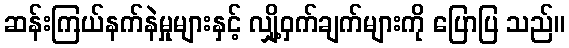
ဆန်းကြယ်နက်နဲမှုများနှင့် လျှို့ဝှက်ချက်များကို ပြောပြ သည်။